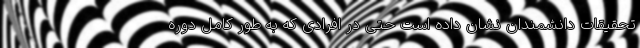
تحقیقات دانشمندان نشان داده است حتی در افرادی که به طور کامل دوره